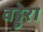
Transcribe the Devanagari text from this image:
वड्डेरा